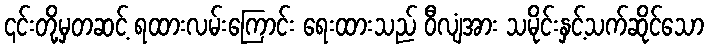
၎င်းတို့မှတဆင့် ရထားလမ်းကြောင်း ရေးထားသည် ဝီလျံအား သမိုင်းနှင့်သက်ဆိုင်သော